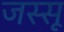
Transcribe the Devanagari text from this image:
जस्सू